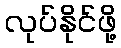
လုပ်နိုင်ဖို့